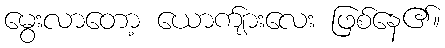
မွေးလာတော့ ယောက်ျားလေး ဖြစ်နေ၏။